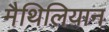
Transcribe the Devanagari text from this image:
मैथिलियान